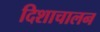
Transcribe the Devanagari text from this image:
दिशाचालन